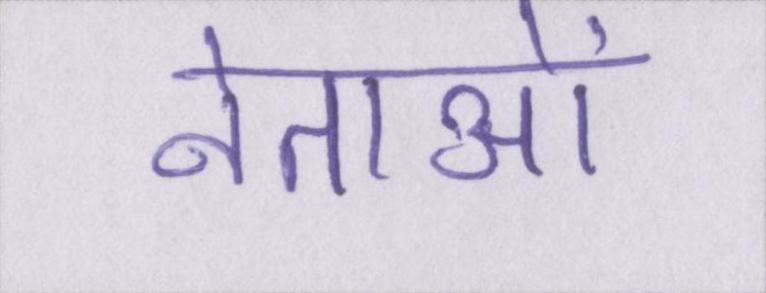
नेताओं